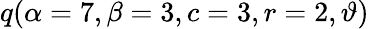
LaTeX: \displaystyle q(\alpha=7,\beta=3,c=3,r=2,\vartheta)